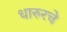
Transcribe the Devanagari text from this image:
धारुरचे